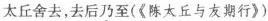
太丘舍去，去后乃至(《陈太丘与友期行》)